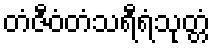
တံဇီဝံတံသရီရံသုတ္တံ